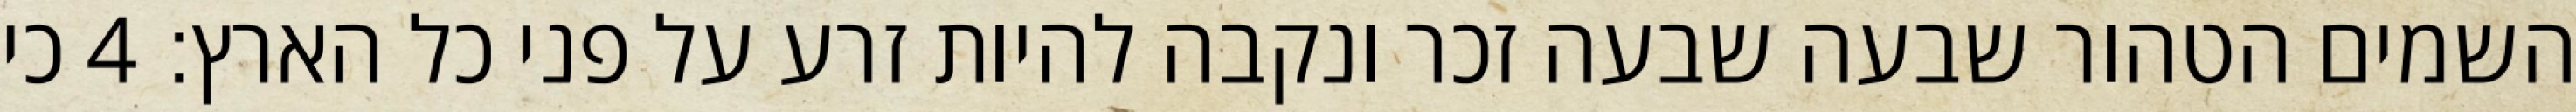
השמים הטהור שבעה שבעה זכר ונקבה להיות זרע על פני כל הארץ׃ ‎4‏ כי